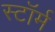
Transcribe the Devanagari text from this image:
स्टाॅर्म